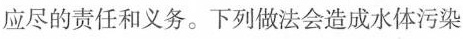
应尽的责任和义务。下列做法会造成水体污染